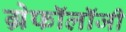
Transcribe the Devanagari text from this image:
ग्रेफॉलॉजी